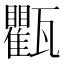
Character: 𱰔